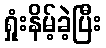
ရှုံးနိမ့်ခဲ့ပြီး